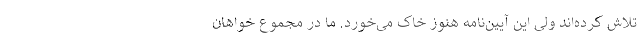
تلاش کرده‌اند ولی این آیین‌نامه هنوز خاک می‌خورد. ما در مجموع خواهان